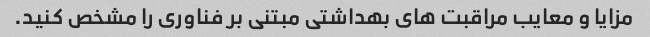
مزایا و معایب مراقبت های بهداشتی مبتنی بر فناوری را مشخص کنید.